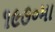
૧૯૭૦મા